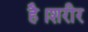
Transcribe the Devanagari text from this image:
है।शरीर